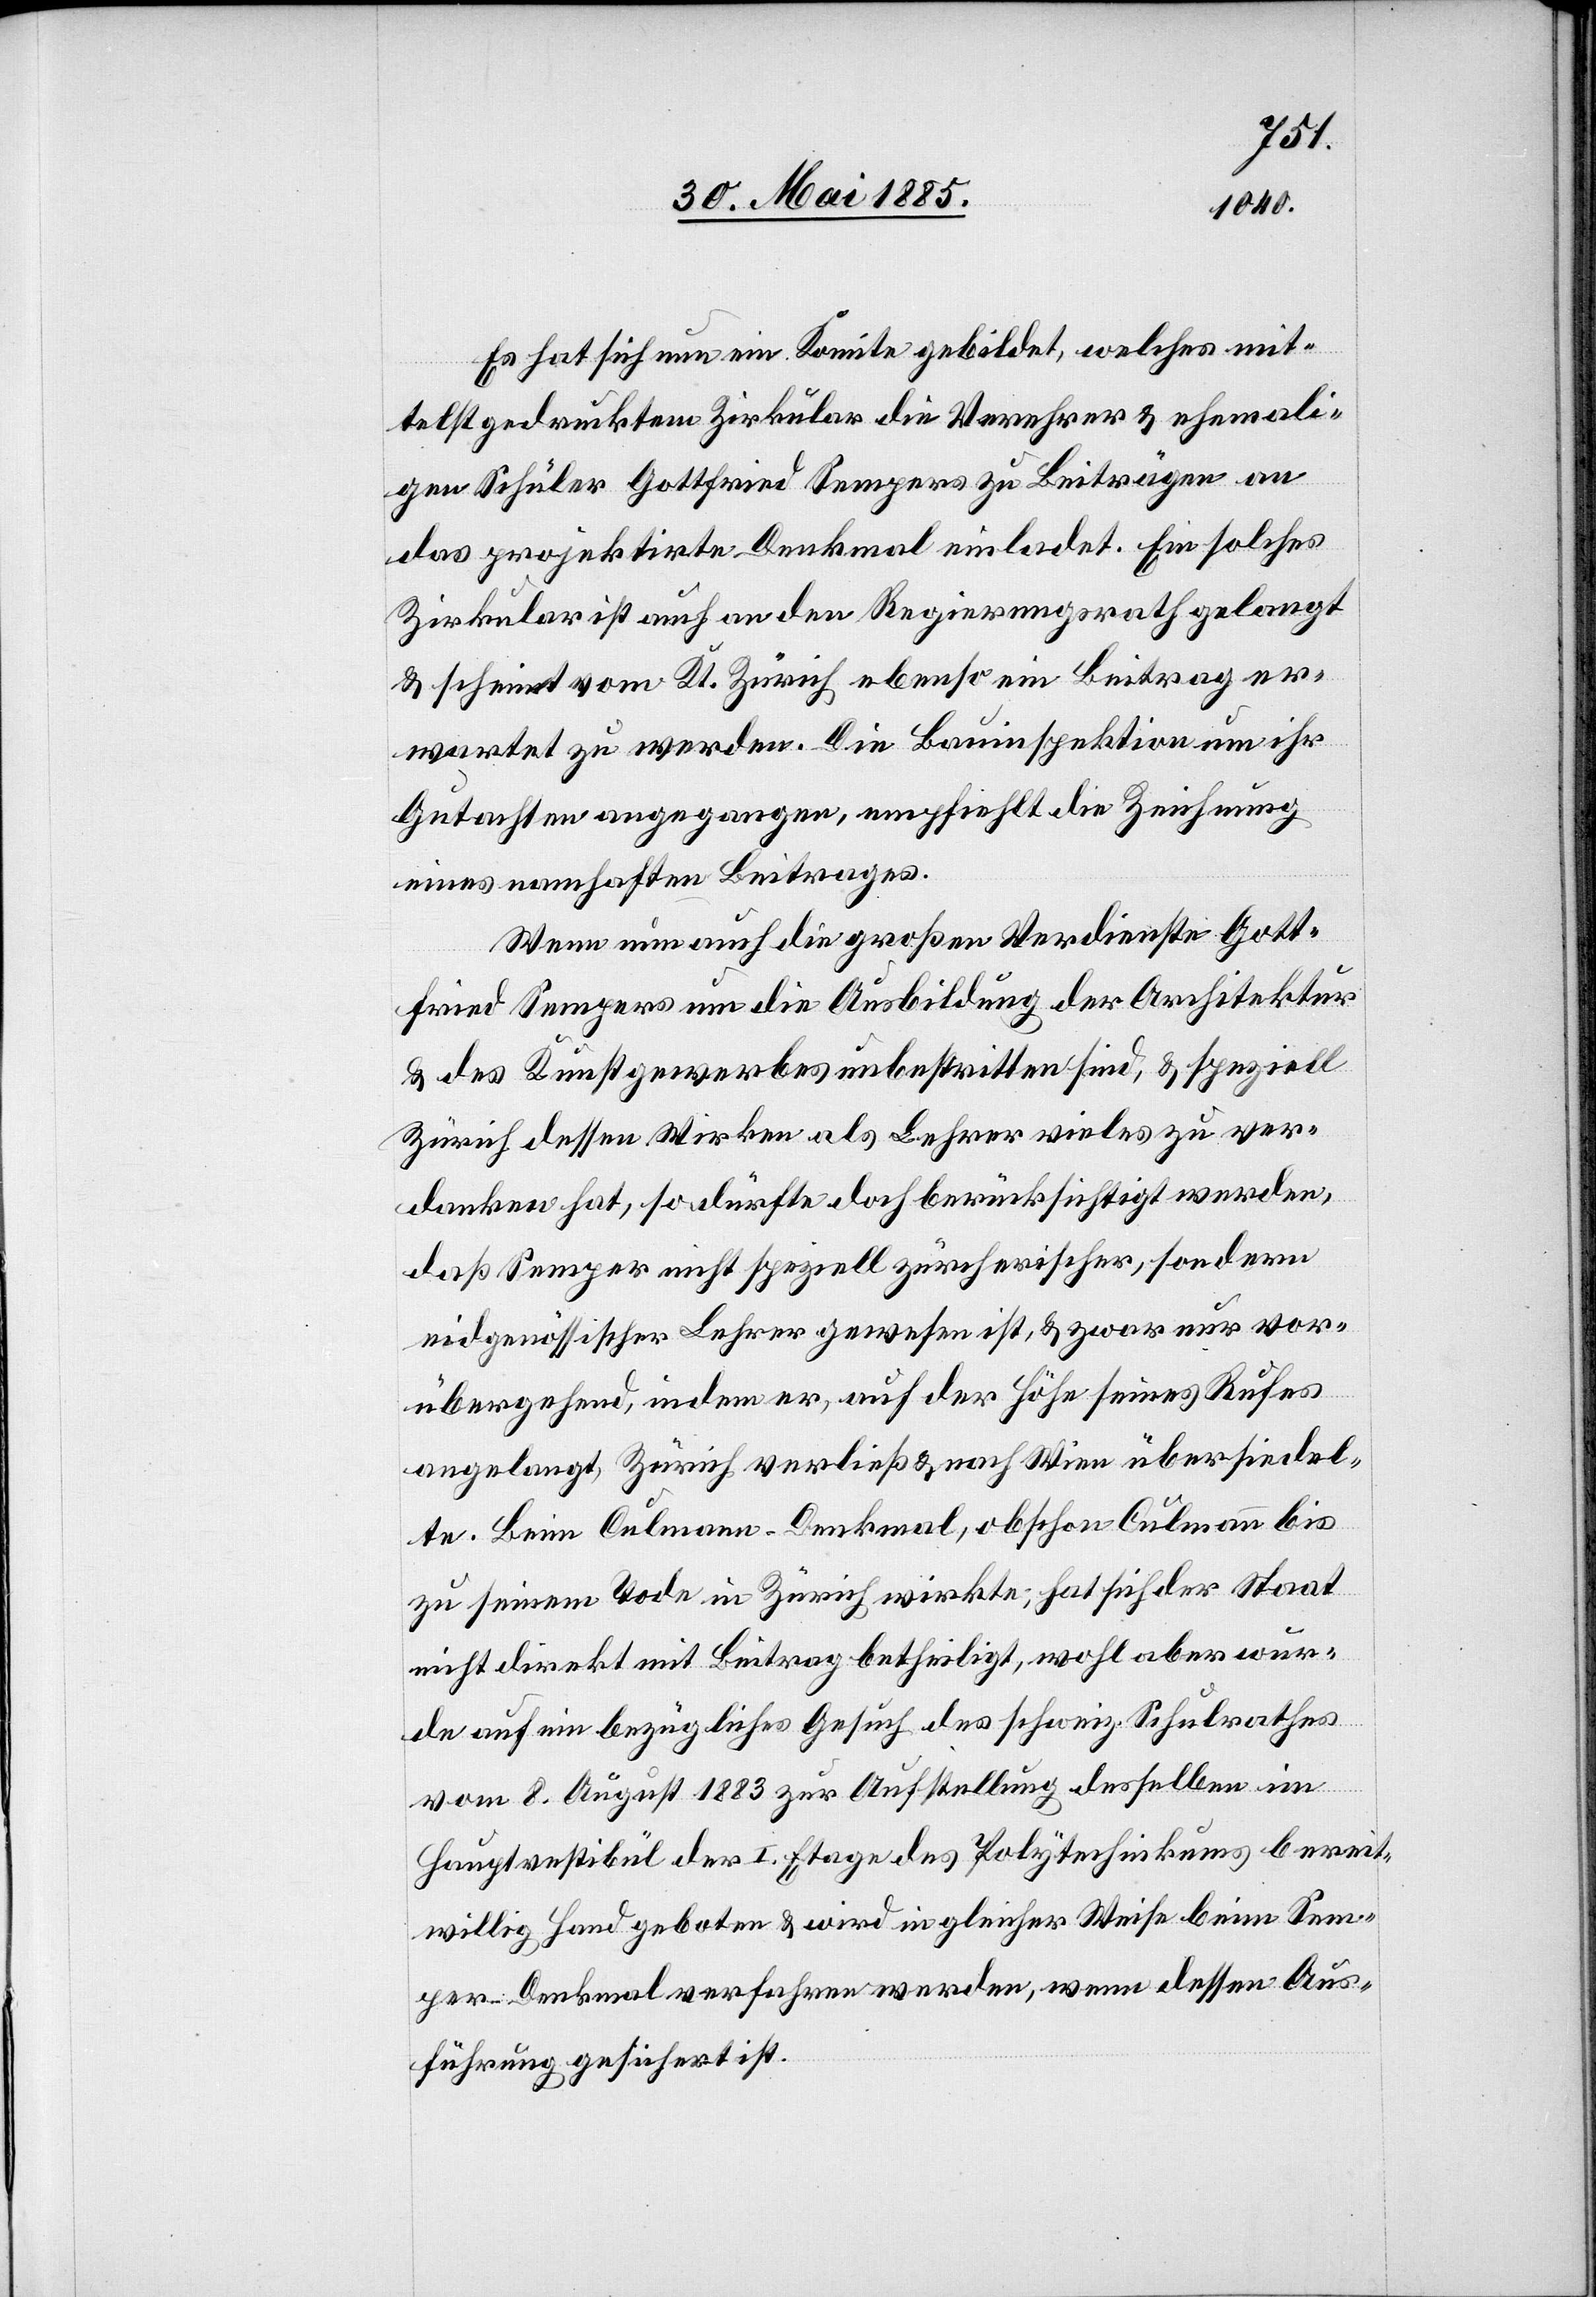
Es hat sich nun ein Komitee gebildet, welches mit¬
telst gedrucktem Zirkular die Verehrer & ehemali¬
gen Schüler Gottfried Sempers zu Beiträgen an
das projektirte Denkmal einladet. Ein solches
Zirkular ist auch an den Regierungsrath gelangt
& scheint vom Kt. Zürich ebenso ein Beitrag er¬
wartet zu werden. Die Bauinspektion um ihr
Gutachten angegangen, empfiehlt die Zeichnung
eines namhaften Beitrages.
Wenn nun auch die großen Verdienste Gott¬
fried Sempers um die Ausbildung der Architektu¬
r& des Kunstgewerbes unbestritten sind, & speziell
Zürich dessen Wirken als Lehrer vieles zu ver¬
danken hat, so dürfte doch berücksichtigt werden,
daß Semper nicht speziell zürcherischer, sondern
eidgenössischer Lehrer gewesen ist, & zwar nur vor¬
übergehend, indem er, auf der Höhe seines Rufes
angelangt, Zürich verließ & nach Wien übersiedel¬
te. Beim Culmann-Denkmal, obschon Culmann bis
zu seinem Tode in Zürich wirkte, hat sich der Staat
nicht direkt mit Beitrag betheiligt, wohl aber wur¬
de auf ein bezügliches Gesuch des schweiz. Schulrathes
vom 8. August 1883 zur Aufstellung desselben im
Hauptvestibül der I. Etage des Polytechnikums bereit¬
willig Hand geboten & wird in gleicher Weise beim Sem¬
per-Denkmal verfahren werden, wenn dessen Aus¬
führung gesichert ist.